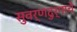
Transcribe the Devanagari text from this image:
सुवर्णदुर्गाचे